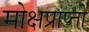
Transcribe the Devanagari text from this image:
मोक्षप्राप्‍ती